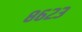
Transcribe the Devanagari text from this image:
८६२३